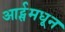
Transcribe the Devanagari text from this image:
आर्ट्समधून